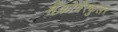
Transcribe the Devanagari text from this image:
मैक्रोवैस्कुलर